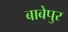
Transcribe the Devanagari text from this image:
बाबेपुर